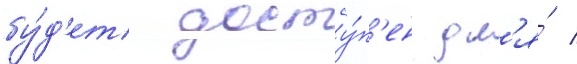
бу́д'ет досту́п'ен дл'я́ /